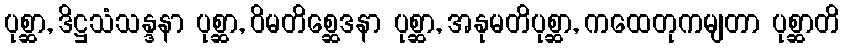
ပုစ္ဆာ, ဒိဋ္ဌသံသန္ဒနာ ပုစ္ဆာ, ဝိမတိစ္ဆေဒနာ ပုစ္ဆာ, အနုမတိပုစ္ဆာ, ကထေတုကမျတာ ပုစ္ဆာတိ